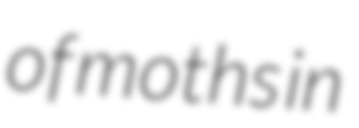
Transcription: of moths in